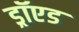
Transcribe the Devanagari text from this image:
ड्रॉएड